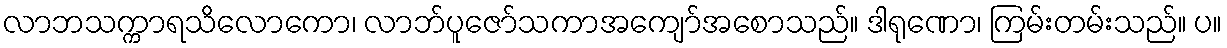
လာဘသက္ကာရသိလောကော၊ လာဘ်ပူဇော်သကာအကျော်အစောသည်။ ဒါရုဏော၊ ကြမ်းတမ်းသည်။ ပ။